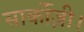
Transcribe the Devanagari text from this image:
सार्कोज़ी।